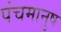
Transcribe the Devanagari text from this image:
पंचमानुष